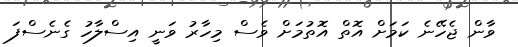
ވާން ޖެހޭނެ ކަމަށް އޮތް އޮތުމަށް ވެސް މިހާރު ވަނީ އިސްލާހު ގެނެސްފަ